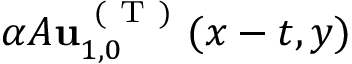
\alpha A \mathbf { u } _ { 1 , 0 } ^ { \mathrm { ~ ( ~ T ~ ) ~ } } ( x - t , y )